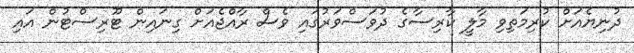
ދުނިޔެއަށް ކުރިމަތިވި މާލީ ކާރިސާގެ ދުވަސްވަރުގައި ވެސް ރާއްޖެއަށް ގިނައިން ޓޫރިސްޓުން އައި